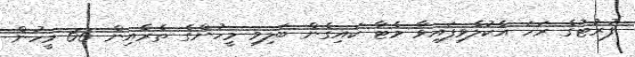
ފުރުޓުގެ ރަހަ އެކުލެވިފައިވާ މެޓާ ކައިގެން ބަލިވި މީހުންގެ ތެރެއިން 66 މީހުން